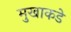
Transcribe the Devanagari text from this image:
मुखाकडे